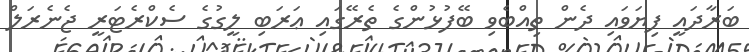
ބަރާދައީ ފިޔަވައި ދެން ތިއްބެވި ބޭފުޅުންގެ ތެރޭގައި ޢަރަބި ލީގުގެ ސެކްރެޓަރީ ޖެނެރަލް